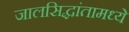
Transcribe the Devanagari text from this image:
जालसिद्धांतामध्ये